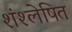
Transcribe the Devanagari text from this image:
शंश्लेषित